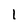
Character: l